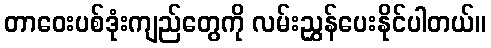
တာဝေးပစ်ဒုံးကျည်တွေကို လမ်းညွှန်ပေးနိုင်ပါတယ်။